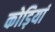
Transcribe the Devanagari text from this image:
कोड़ियां